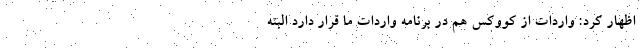
اظهار کرد: واردات از کووکس هم در برنامه واردات ما قرار دارد البته